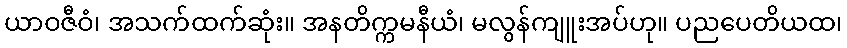
ယာဝဇီဝံ၊ အသက်ထက်ဆုံး။ အနတိက္ကမနီယံ၊ မလွန်ကျူးအပ်ဟု။ ပညပေတိယထ၊